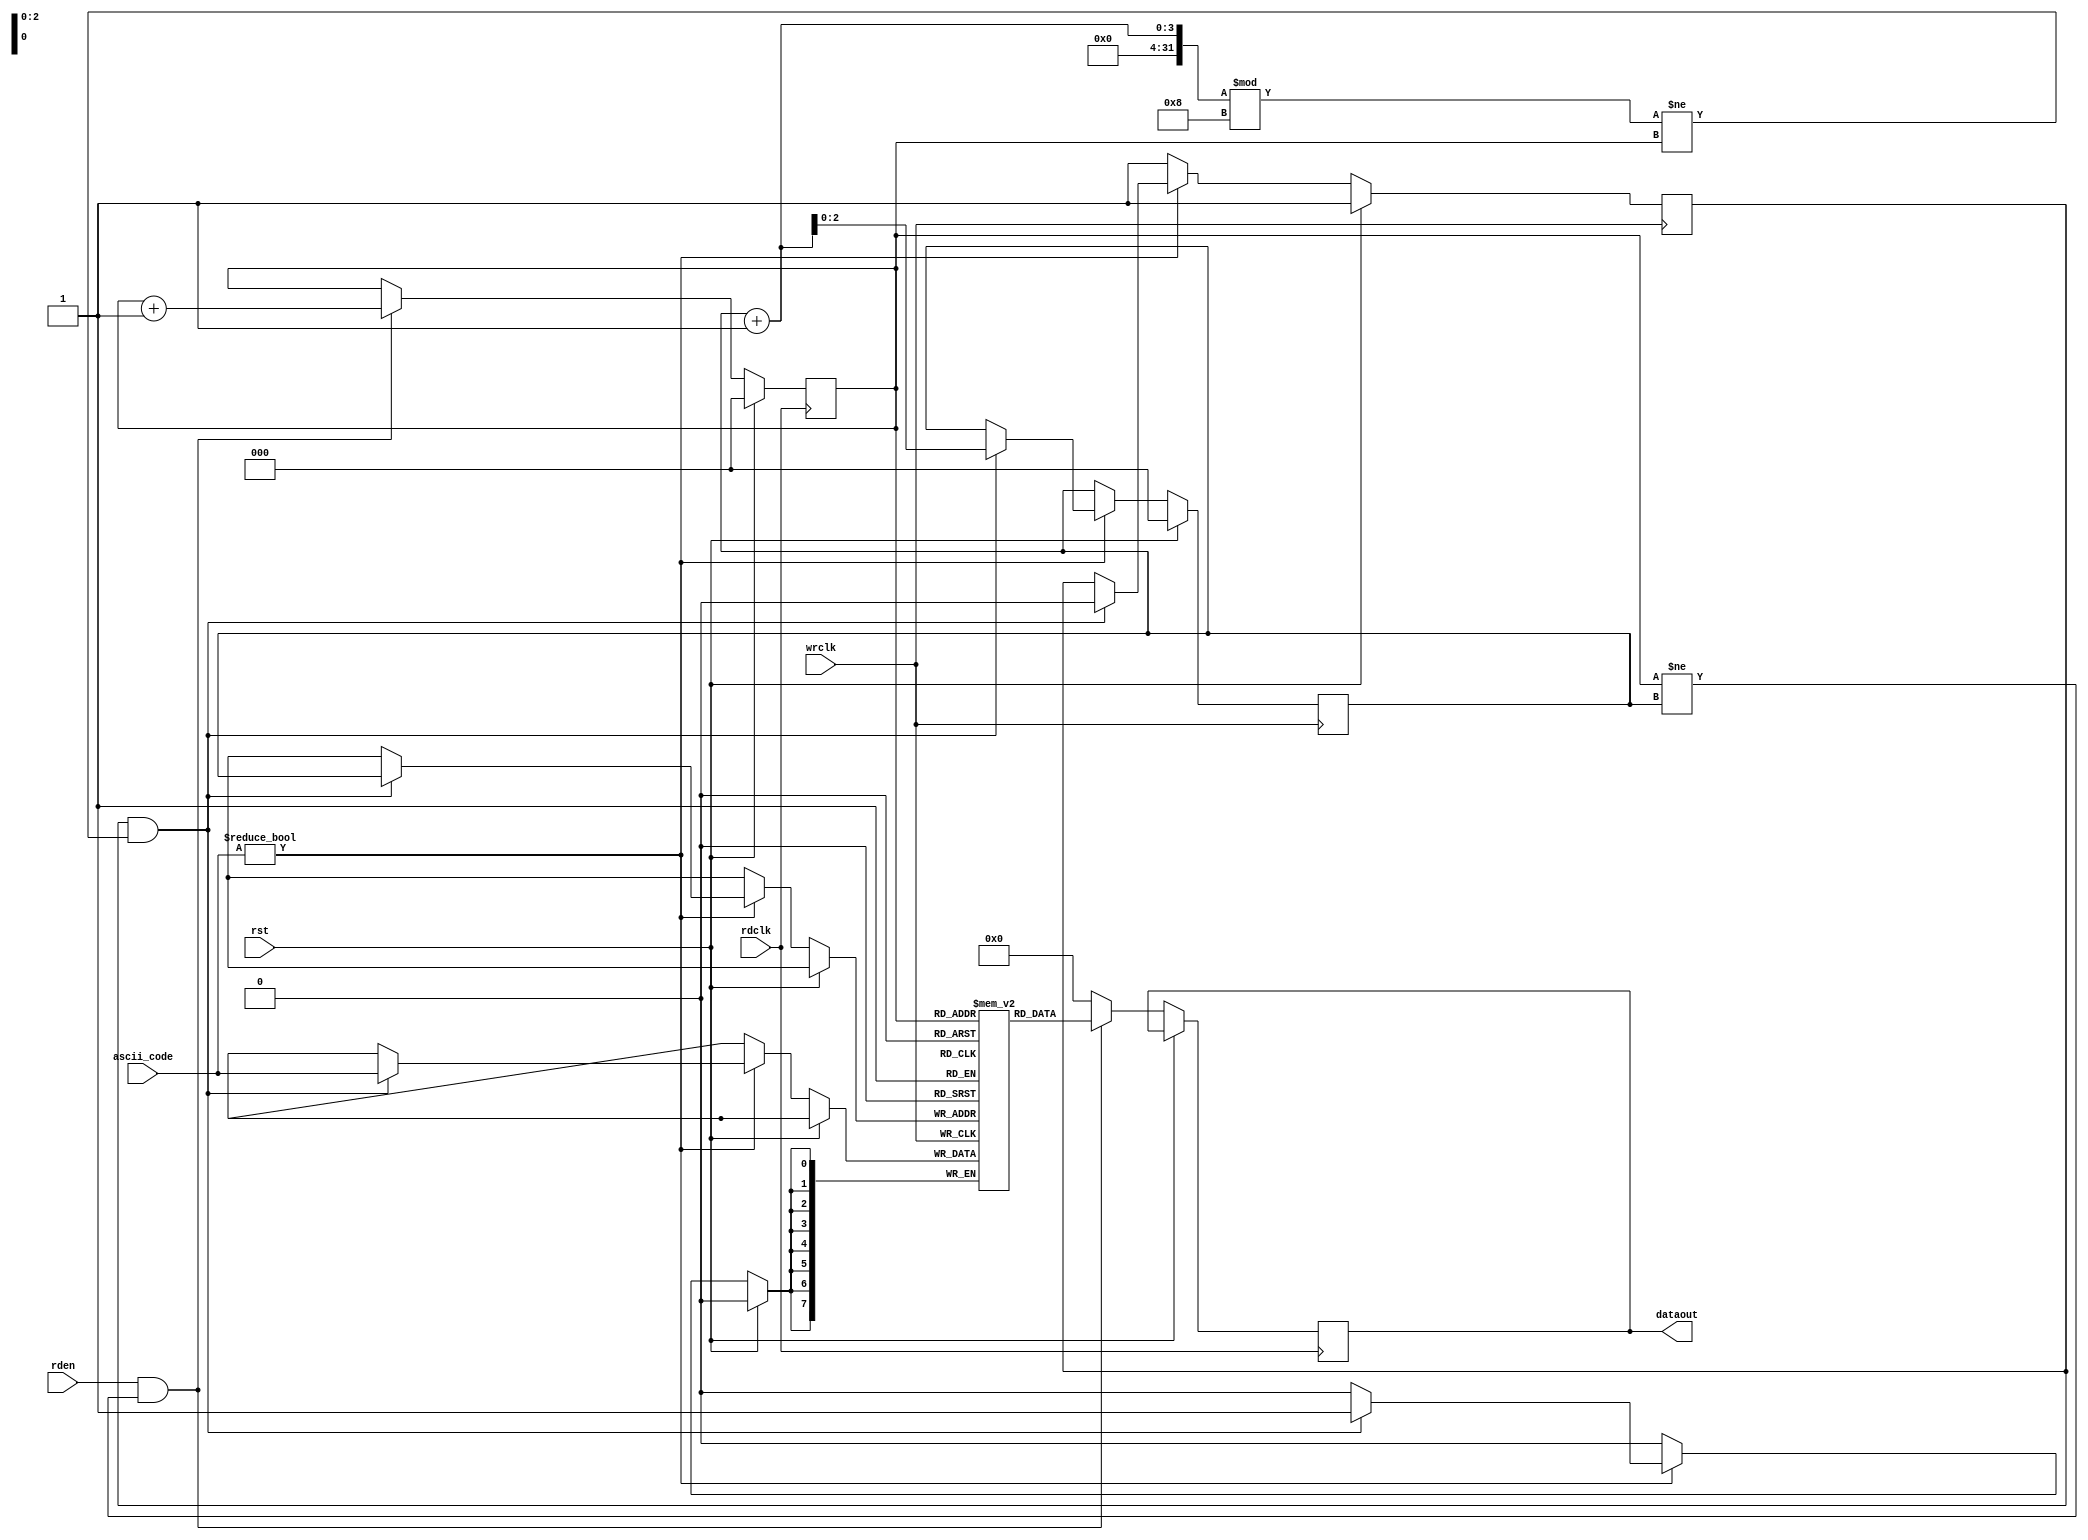
module fifo(
    input [7:0] ascii_code,
    input wrclk,
    input rdclk,
    input rden,
    input rst,
    output reg [7:0] dataout = 0
);

    reg[7:0] buffer[7:0];
    reg [2:0] head = 0, tail = 0;

    reg flag = 1;

    always @ (posedge wrclk) begin
        if (rst) begin
            tail <= 0;
            flag <= 1;
        end
        else begin
            if (ascii_code) begin
                if (flag && (tail + 1) % 8 != head) begin
                    buffer[tail] <= ascii_code;
                    tail <= tail + 1;
                    flag <= 0;
                end
            end
            else begin
                flag <= 1;
            end
        end
    end

    always @ (posedge rdclk) begin
        if (rst) begin
            head <= 0;
        end
        else begin
            if (rden && (head != tail)) begin
                dataout <= buffer[head];
                head <= head + 1;
            end
            else begin
                dataout <= 0;
            end
        end
    end
    
endmodule